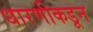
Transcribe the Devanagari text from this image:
धारणीकडून